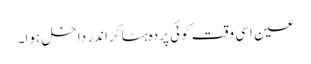
عین اسی وقت کوئی پردہ ہٹا کر اندر داخل ہوا۔